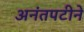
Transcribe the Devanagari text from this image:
अनंतपटीने